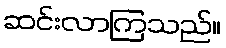
ဆင်းလာကြသည်။